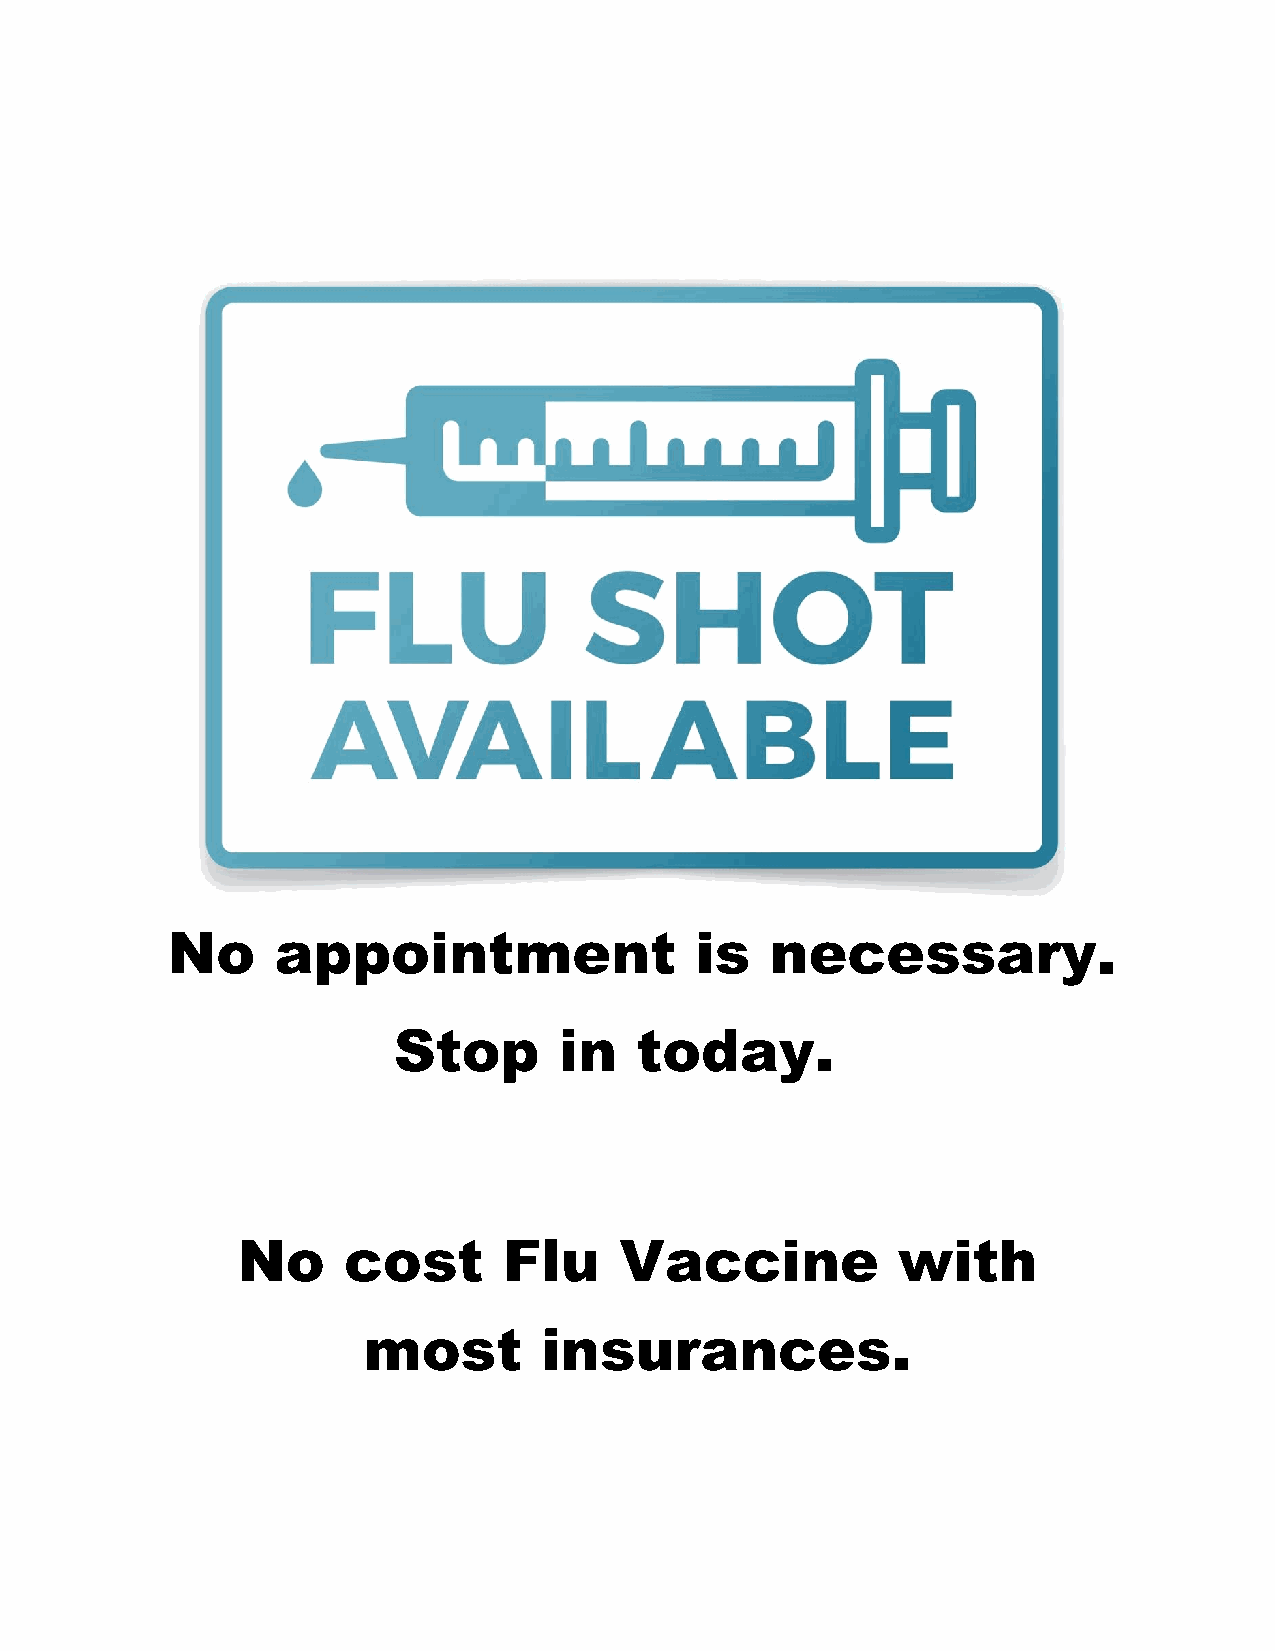
No     appointment                 is   necessary.
 Stop       in   today.
 No     cost      Flu     Vaccine           with
 most        insurances.